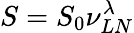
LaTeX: S=S_{0}\nu_{LN}^{\lambda}